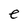
Character: e